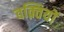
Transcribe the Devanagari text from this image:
वक़्तियों